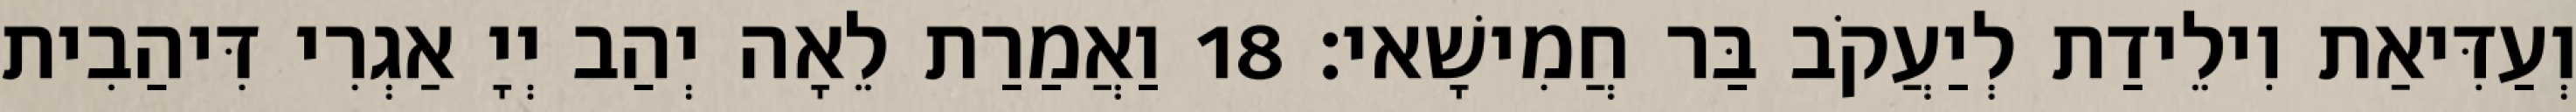
וְעַדִּיאַת וִילֵידַת לְיַעֲקֹב בַּר חֲמִישָׁאי׃ 18 וַאֲמַרַת לֵאָה יְהַב יְיָ אַגְרִי דִּיהַבִית